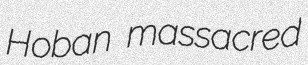
Hoban massacred